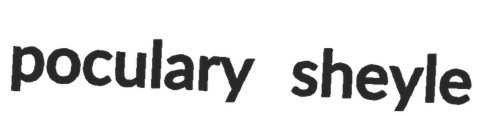
poculary sheyle